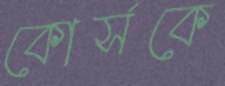
কোর্সকে